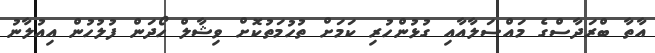
އާތާ ބްރަދާސްގެ މައްސަލާއާއި ގުޅުންހުރި ކަމަށް ތުހުމަތުކޮށް ވިޝާލް ހޯދަން ފުލުހުން އިއުލާނު